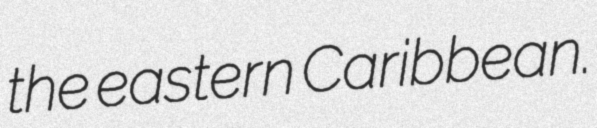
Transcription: the eastern Caribbean.